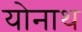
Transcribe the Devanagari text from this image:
योनाथ